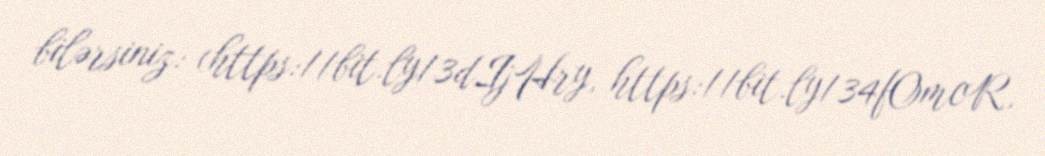
bilərsiniz: (https://bit.ly/3dIjHry, https://bit.ly/34fOmcR,